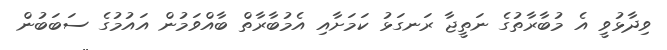
ވިދާޅުވީ އެ މުބާރާތުގެ ނަތީޖާ ރަނގަޅު ކަމަށާއި އެމުބާރާތް ބާއްވަމުން އައުމުގެ ސަބަބުން